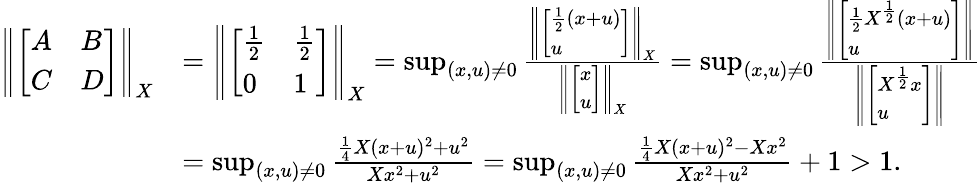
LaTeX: \begin{array}{rl}{\left\| \left[\begin{array}{ll}{A}&{B}\\ {C}&{D}\end{array}\right]\right\| _{X}}&{=\left\| \left[\begin{array}{ll}{\frac{1}{2}}&{\frac{1}{2}}\\ {0}&{1}\end{array}\right]\right\| _{X}=\operatorname*{sup}_{(x,u)\neq 0}\frac{\left\| \left[\begin{array}{l}{\frac{1}{2}(x+u)}\\ {u}\end{array}\right]\right\| _{X}}{\left\| \left[\begin{array}{l}{x}\\ {u}\end{array}\right]\right\| _{X}}=\operatorname*{sup}_{(x,u)\neq 0}\frac{\left\| \left[\begin{array}{l}{\frac{1}{2}X^{\frac 12}(x+u)}\\ {u}\end{array}\right]\right\| }{\left\| \left[\begin{array}{l}{X^{\frac 12}x}\\ {u}\end{array}\right]\right\| }}\\ &{=\operatorname*{sup}_{(x,u)\neq 0}\frac{\frac{1}{4}X(x+u)^{2}+u^{2}}{Xx^{2}+u^{2}}=\operatorname*{sup}_{(x,u)\neq 0}\frac{\frac{1}{4}X(x+u)^{2}-Xx^{2}}{Xx^{2}+u^{2}}+1>1.}\end{array}